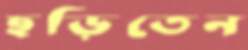
ছড়িতেন